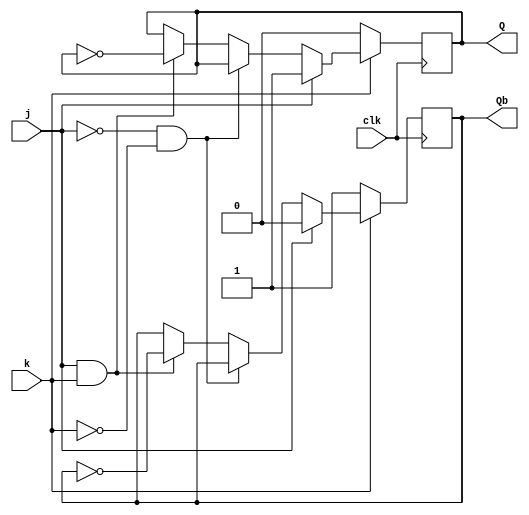
//-----------------------------------------------------------------------------
//
// Title       : A simple JK Flip Flop with reset control
// Design      : JK Flip Flop
// Company     : -
//
//-----------------------------------------------------------------------------
//
// Description : A simple JK flip flop with output waveform. 
//
//-----------------------------------------------------------------------------	

`timescale 1 ns / 1 ps

module JKFF (input j, input k, input clk, output reg Q, output reg Qb);
	always @ (posedge clk)
		if (k == 0)
   				begin
   				Q <= 0;
  		  		Qb <= 1;
  				end
		  else if(j == 1)
 		  		begin
  		  		Q <= 1;
 		   		Qb <= 0;
 		  		end
 		 else if(j == 0 & k == 0)
  		 		begin
   		 		Q <= Q;
   		 		Qb <= Qb;
  		 		end
 		 else if(j == 1 & k == 1)
 		  		begin
  		  		Q <= ~Q;
 		  		Qb <= ~Qb;
  		 		end 

endmodule